画像に写った文字を読んでください
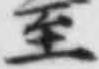
「至」と書いてあります